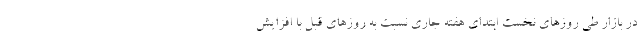
در بازار طی روزهای نخست ابتدای هفته جاری نسبت به روزهای قبل با افزایش